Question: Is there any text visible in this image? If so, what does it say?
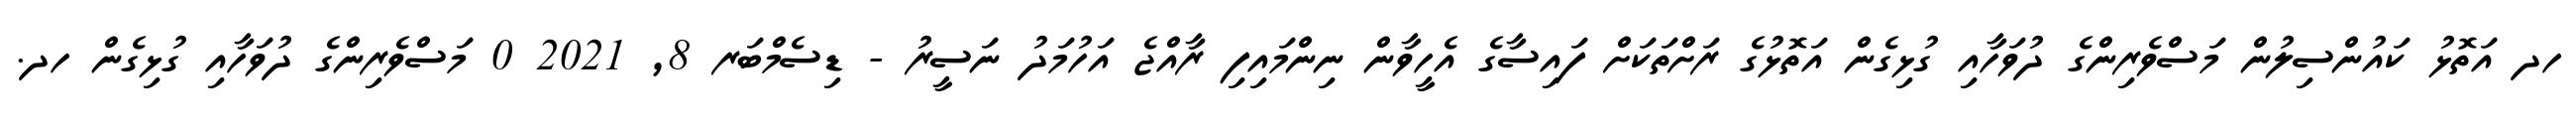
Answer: ހދ އަތޮޅު ކައުންސިލުން މަސްވެރިންގެ ދުވަހާއި ގުޅިގެން އަތޮޅުގެ ރަށްތަކަށް ފައިސާގެ އެހީވާން ނިންމައިފި ރާއްޖެ އަހުމަދު ނަސީރު - ޑިސެމްބަރ 8, 2021 0 މަސްވެރިންގެ ދުވަހާއި ގުޅިގެން ހދ.